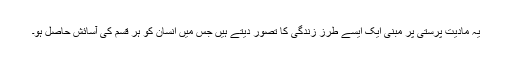
یہ مادیت پرستی پر مبنی ایک ایسے طرزِ زندگی کا تصور دیتے ہیں جس میں انسان کو ہر قسم کی آسائش حاصل ہو۔